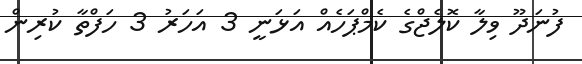
ފުނަދޫ ވިލާ ކޮލެޖްގެ ކެމްޕަހެއް އަޅަނީ 3 އަހަރު 3 ހަފްތާ ކުރިން